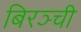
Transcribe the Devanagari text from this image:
बिरञ्ची